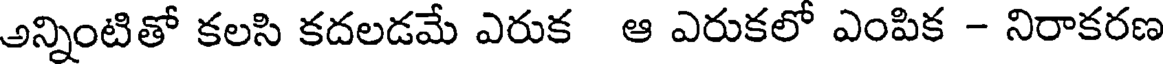
అన్నింటితో కలసి కదలడమే ఎరుక ఆ ఎరుకలో ఎంపిక - నిరాకరణ